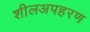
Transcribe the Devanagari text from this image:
शीलअपहरण